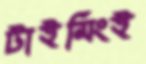
টাইমিংই